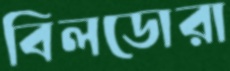
বিলডোরা